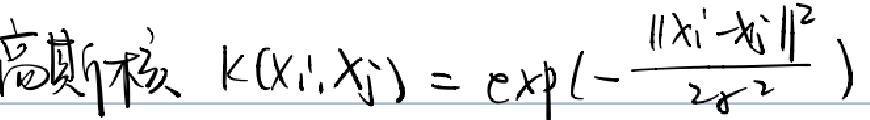
高斯核 $k(x_i, x_j) = \exp(-\frac{\|x_i - x_j\|^2}{2\sigma^2})$